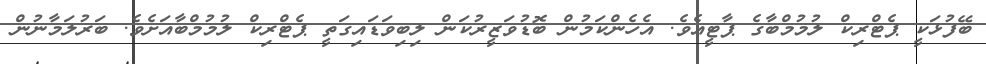
ބޭފުޅަކީ ޕެޓްރިކް ލުމުމްބާގެ ޕާޓީއެވެ. އެހެންކަމުން ބޮޑުވަޒީރުކަން ލިބިވަޑައިގަތީ ޕެޓްރިކް ލުމުމްބާއަށެވެ. ބަރުލަމާނުން